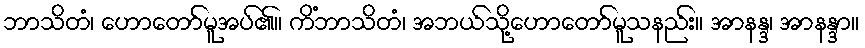
ဘာသိတံ၊ ဟောတော်မူအပ်၏။ ကိံဘာသိတံ၊ အဘယ်သို့ဟောတော်မူသနည်း။ အာနန္ဒ၊ အာနန္ဒာ။